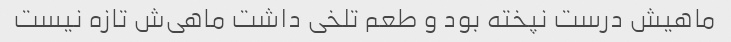
ماهیش درست نپخته بود و طعم تلخی داشت ماهی‌ش تازه نیست